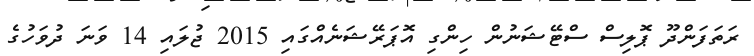
ރަތަފަންދޫ ޕޮލިސް ސްޓޭޝަނުން ހިންގި އޮޕަރޭޝަނެއްގައި 2015 ޖުލައި 14 ވަނަ ދުވަހުގެ